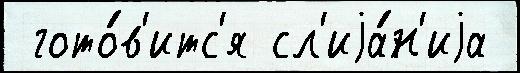
 гото́в'итс'я сл'иjа́н'иjа